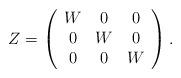
LaTeX: \begin{align*}Z=\left(\begin{array}{ccc}W&0&0\\0&W&0\\0&0&W\end{array}\right).\end{align*}